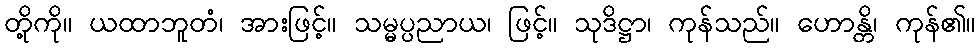
တို့ကို။ ယထာဘူတံ၊ အားဖြင့်။ သမ္မပ္ပညာယ၊ ဖြင့်။ သုဒိဋ္ဌာ၊ ကုန်သည်။ ဟောန္တိ၊ ကုန်၏။